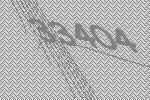
33404